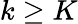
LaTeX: k\ge K